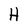
Character: H